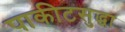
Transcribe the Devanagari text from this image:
पाकीटसुद्धा